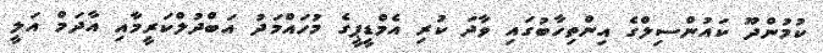
ކުމުންދޫ ކައުންސިލްގެ އިންތިހާބުގައި ވާދަ ކުރި އެމްޑީޕީގެ މުހައްމަދު އަބްދުލްކަރީމާއި އާދަމް އަލީ